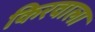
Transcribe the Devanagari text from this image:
किरवाला